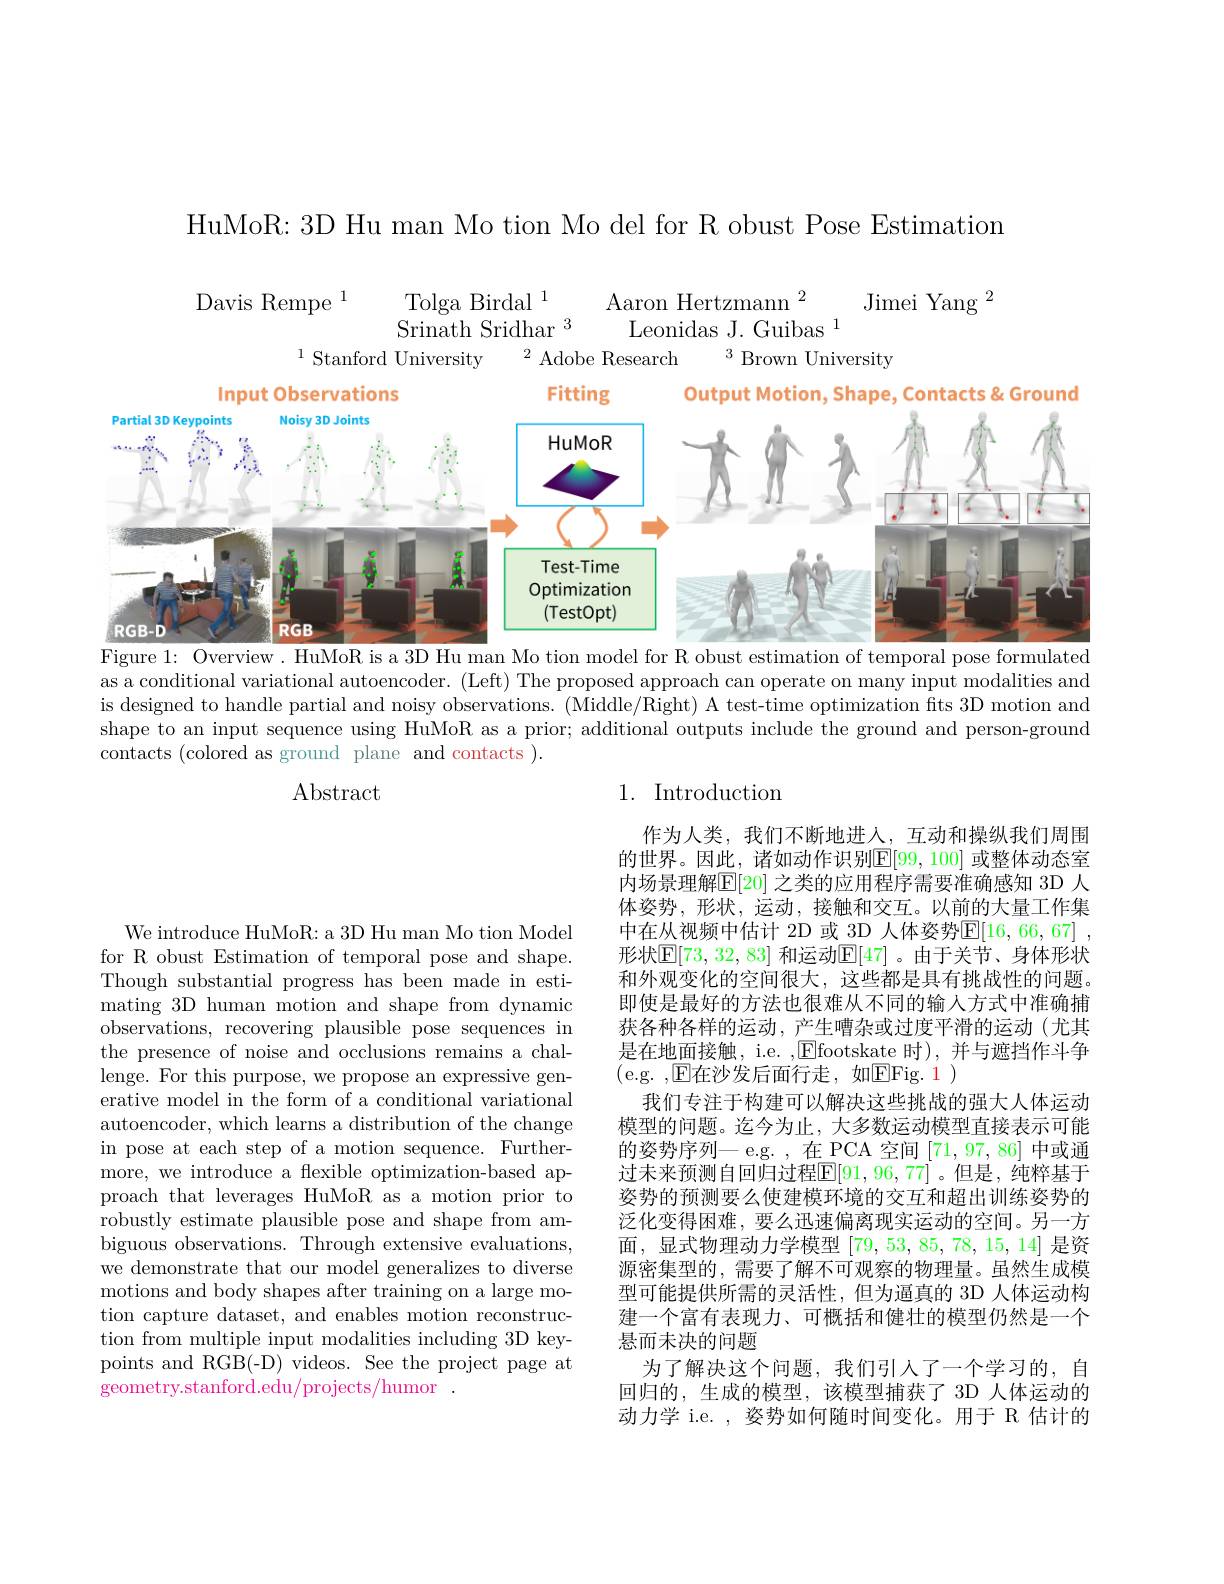
HuMoR: 3D Hu man Mo tion Mo del for R obust Pose Estimation

Tolga Birdal $^{1}$
Jimei Yang $^{2}$
Davis Rempe $^{1}$
$\mathop{\mathrm{Aaron~Hertzmann~}}^{2}$
${\mathrm{Srinath~Sridhar~}^{3}}$
Leonidas J. Guibas $^{1}$
$^{2}{\mathrm{~Adobe~Research}}$
$^{3}{\mathrm{Brown}}$University
$^{1}$Stanford University
<FigureHere>

Figure 1: Overview. HuMoR is a 3D Hu man Mo tion model for R obust estimation of temporal pose formulated

as a conditional variational autoencoder. (Left) The proposed approach can operate on many input modalities and is designed to handle partial and noisy observations. (Middle/Right) A test-time optimization fits 3D motion and shape to an input sequence using HuMoR as a prior; additional outputs include the ground and person-ground contacts (colored as ground plane and contacts ).

Abstract

## 1. Introduction

作为人类，我们不断地进入，互动和操纵我们周围的世界。因此，诸如动作识别$\mathbb{E}[99,100]$ 或整体动态室内场景理解$\overline{\mathrm{E}}[20]$ 之类的应用程序需要准确感知 3D 人体姿势，形状，运动，接触和交互。以前的大量工作集中在从视频中估计 2D 或\_3D 人体姿势$\mathbb{E}[16,66,67]$ , 形状$\mathbb{E}[73,32,83]$ 和运动$\mathbb{E}[47]$。由于关节、身体形状和外观变化的空间很大，这些都是具有挑战性的问题。即使是最好的方法也很难从不同的输人方式中准确捕获各种各样的运动，产生嘈杂或过度平滑的运动(尤其是在地面接触，i.e. $,\underline{\mathrm{E}}$footskate 时),并与遮挡作斗争(e.g.,E在沙发后面行走，如EFig. 1)
我们专注于构建可以解决这些挑战的强大人体运动模型的问题。迄今为止，大多数运动模型直接表示可能的姿势序列— e.g. ,在 PCA 空间[71,97,86]中或通过未来预测自回归过程$\mathbb{E}[91,96,77]$。但是，纯粹基于姿势的预测要么使建模环境的交互和超出训练姿势的泛化变得困难，要么迅速偏离现实运动的空间。另一方面，显式物理动力学模型[79,53,85,78,15,14]是资源密集型的，需要了解不可观察的物理量。虽然生成模型可能提供所需的灵活性，但为逼真的 3D 人体运动构建一个富有表现力、可概括和健壮的模型仍然是一个悬而未决的问题
为了解决这个问题，我们引人了一个学习的，自回归的，生成的模型，该模型捕获了 3D 人体运动的动力学 i.e. , 姿势如何随时间变化。用于 R 估计的

We introduce HuMoR: a 3D Hu man Mo tion Model for R obust Estimation of temporal pose and shape. Though substantial progress has been made in estimating 3D human motion and shape from dynamic observations, recovering plausible pose sequences in the presence of noise and occlusions remains a challenge. For this purpose, we propose an expressive generative model in the form of a conditional variational autoencoder, which learns a distribution of the change in pose at each step of a motion sequence. Furthermore, we introduce a flexible optimization-based approach that leverages HuMoR as a motion prior to robustly estimate plausible pose and shape from ambiguous observations. Through extensive evaluations, we demonstrate that our model generalizes to diverse motions and body shapes after training on a large motion capture dataset, and enables motion reconstruction from multiple input modalities including 3D keypoints and RGB(-D) videos. See the project page at geometry. stanford. edu/ projects/ humor .